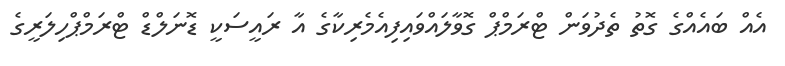
އެއް ބައެއްގެ ގޮތު ތެދުވަން ޓްރަމްޕް ގޮވާލައްވައިފިއެމެރިކާގެ އާ ރައީސަކީ ޑޮނަލްޑް ޓްރަމްޕްހިލަރީގެ